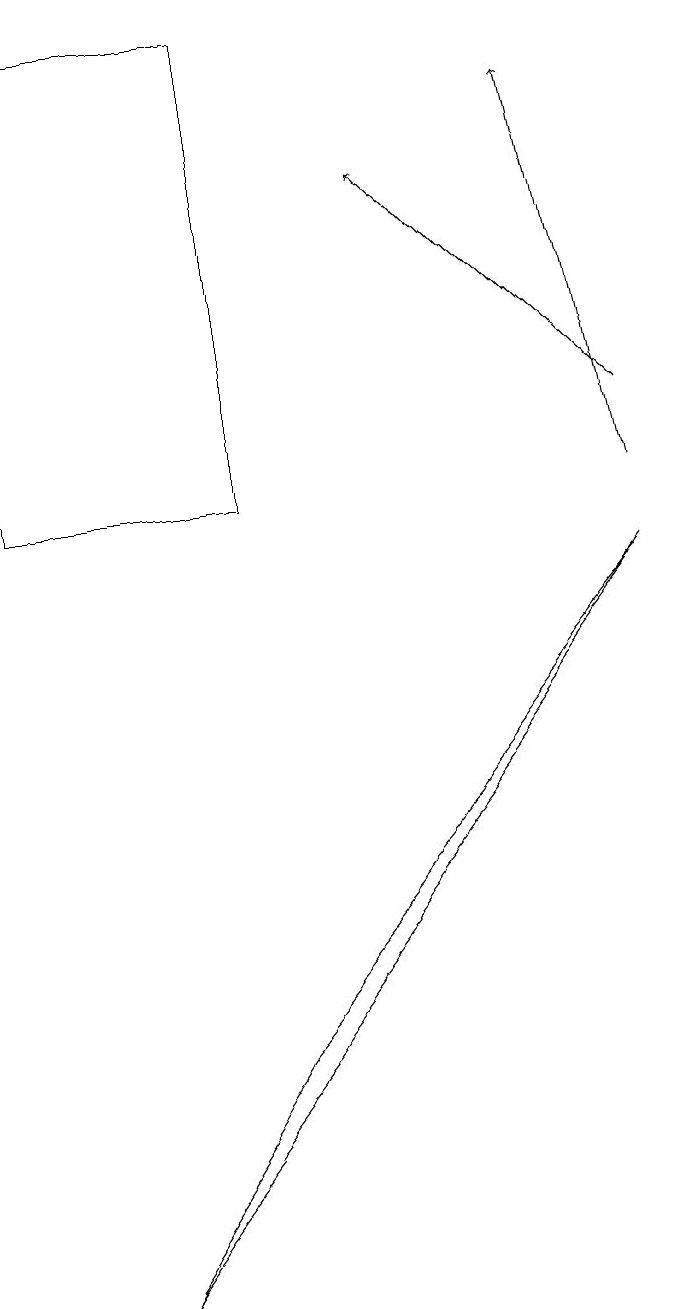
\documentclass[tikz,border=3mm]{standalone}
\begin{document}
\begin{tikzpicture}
\draw (2,0) -- (9,9) -- (4,3) -- cycle;
\draw[->] (9,10) -- (8,15);
\draw[->] (9,11) -- (6,14);
\draw (4,16) rectangle (1,10);
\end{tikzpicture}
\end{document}